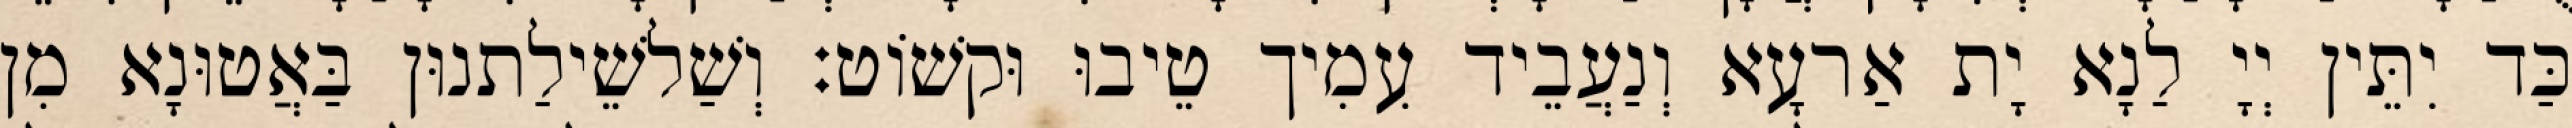
כַּד יִתֵּין יְיָ לַנָא יָת אַרעָא וְנַעֲבֵיד עִמִיך טֵיבוּ וּקשׁוֹט׃ וְשַׁלשֵׁילַתנוּן בַּאֲטוּנָא מִן